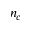
n _ { c }